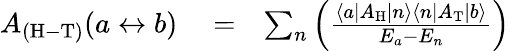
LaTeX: \begin{array}{rlr}{A_{\mathrm{(H-T)}}(a\leftrightarrow b)}&{{}=}&{\sum_{n}\left(\frac{\left\langle a\left|A_{\mathrm{H}}\right|{n}\right\rangle\left\langle{n}\left|A_{\mathrm{T}}\right|b\right\rangle}{E_{a}-E_{n}}\right)}\end{array}